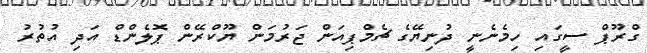
ގްރޫޕް ސީގައި ހިމެނެނީ ދުނިޔޭގެ ޗެމްޕިއަން ޖަރުމަން ޔޫކްރޭން ޕޮލެންޑް އަދި އުތުރު